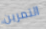
التمرين